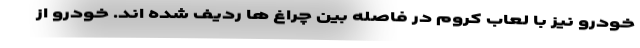
خودرو نیز با لعاب کروم در فاصله بین چراغ ها ردیف شده اند. خودرو از